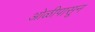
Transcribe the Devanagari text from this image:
ओळीपासून